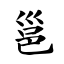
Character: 邕